Report of the Imperial Institute of Veterinary Research, Muktesar
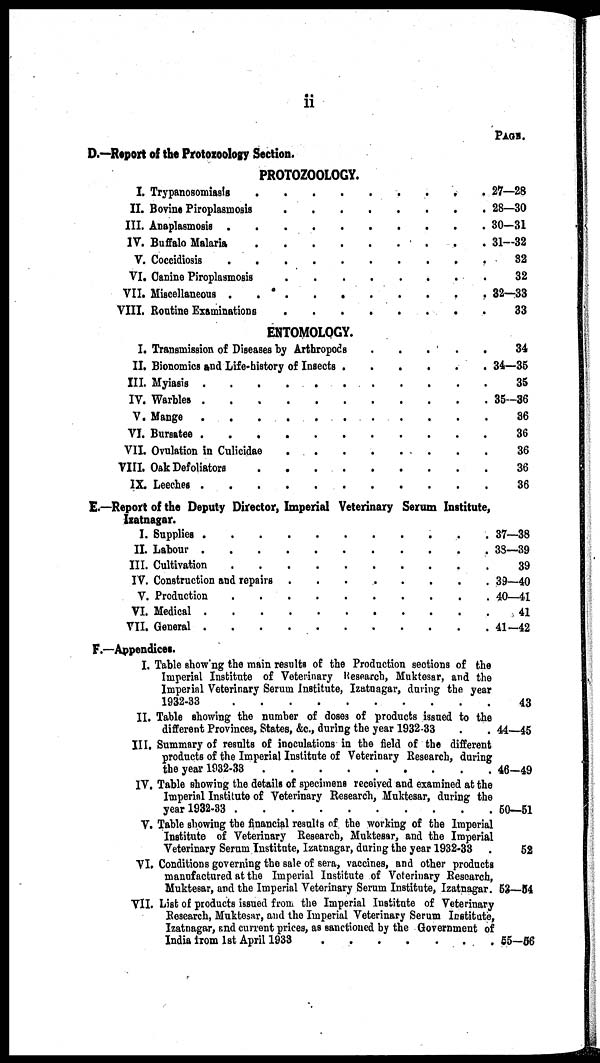
ii
D.—Report of the Protozoology Section.
PAGE.
PROTOZOOLOGY.
I. Trypanosomiasis
II. Bovine Piroplasmosis
III. Anaplasmosis
IV. Buffalo Malaria
V. Coccidiosis
VI. Canine Piroplasmosis
VII. Miscellaneous
VIII. Routine Examinations
27—28
28—30
30—31
31—32
32
32
32—33
33
ENTOMOLOGY.
I. Transmission of Diseases by Arthropods
II. Bionomics and Life-history of Insects .
III.
IV.
V.
VI.
Myiasis
Warbles
Mange
Bursatee
VII. Ovulation in Culicidae
VIII. Oak Defoliators
IX.
Leeches
.
.
.
.
.
.
.
.
.
.
.
.
.
.
.
34
34—35
35
35—36
36
36
36
36
36
E. —Report of the Deputy Director, Imperial Veterinary Serum Institute,
Izatnagar.
I.
II.
III.
IV.
V.
VI.
VII.
Supplies
Labour
Cultivation Construction and repairs
Production
Medical
General
.
.
.
.
.
.
.
.
37—38
38-39
39
39—40
40—41
41
41—42
F.—Appendices.
I.
II.
III.
IV.
Table showing the main results of the Production sections of the
Imperial Institute of Veterinary Research, Muktesar, and the
Imperial Veterinary Serum Institute, Izatnagar, during the year
1932-33
Table showing the number of doses of products issued to the
different Provinces, States, &c., during the year 1932-33
Summary of results of inoculations in the field of the different
products of the Imperial Institute of Veterinary Research, during
the year 1932-33
Table showing the details of specimens received and examined at the
Imperial Institute of Veterinary Research, Muktesar, during the
year 1932-33
V. Table showing the financial results of the working of the Imperial
VI.
VII.
Institute of Veterinary Research, Muktesar, and the Imperial
Veterinary Serum Institute, Izatnagar, during the year 1932-33
Conditions governing the sale of sera, vaccines, and other products
manufactured at the Imperial Institute of Veterinary Research,
Muktesar, and the Imperial Veterinary Serum Institute, Izatnagar.
List of products issued from the Imperial Institute of Veterinary
Research, Muktesar, and the Imperial Veterinary Serum Institute,
Izatnagar, and current prices, as sanctioned by the Government of
India from 1st April
1933
43
44—45
46—49
50—51
52
53—54
55—56